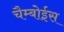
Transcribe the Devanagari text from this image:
चैम्बोईस